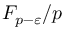
F _ { p - \varepsilon } / p